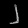
Digit: ၂